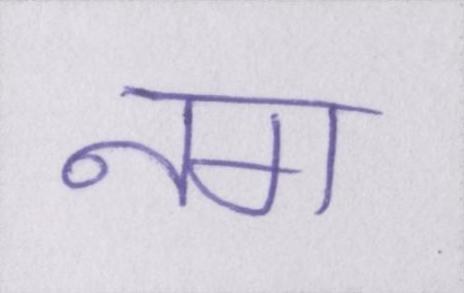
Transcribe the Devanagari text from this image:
नग